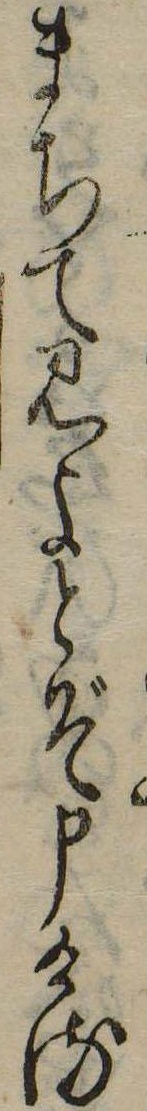
まちて見よとぞ申ける